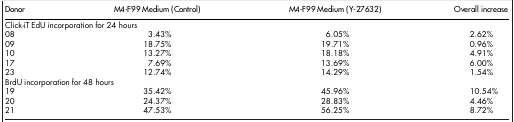
<table><thead><tr><td><b>Donor</b></td><td><b>M4-F99 Medium (Control)</b></td><td><b>M4-F99 Medium (Y-27632)</b></td><td><b>Overall increase</b></td></tr></thead><tbody><tr><td>Click-iT EdU incorporation for 24 hours</td><td> </td><td> </td><td> </td></tr><tr><td>08</td><td>3.43%</td><td>6.05%</td><td>2.62%</td></tr><tr><td>09</td><td>18.75%</td><td>19.71%</td><td>0.96%</td></tr><tr><td>10</td><td>13.27%</td><td>18.18%</td><td>4.91%</td></tr><tr><td>17</td><td>7.69%</td><td>13.69%</td><td>6.00%</td></tr><tr><td>23</td><td>12.74%</td><td>14.29%</td><td>1.54%</td></tr><tr><td>BrdU incorporation for 48 hours</td><td> </td><td> </td><td> </td></tr><tr><td>19</td><td>35.42%</td><td>45.96%</td><td>10.54%</td></tr><tr><td>20</td><td>24.37%</td><td>28.83%</td><td>4.46%</td></tr><tr><td>21</td><td>47.53%</td><td>56.25%</td><td>8.72%</td></tr></tbody></table>